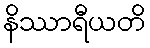
နိဿာရီယတိ